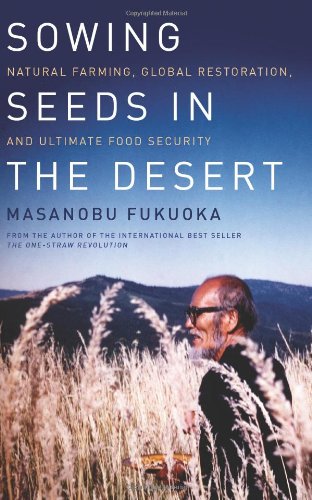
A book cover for Sowing Seeds in the Desert: Natural Farming, Global Restoration, and Ultimate Food Security; Masanobu Fukuoka; Crafts, Hobbies & Home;